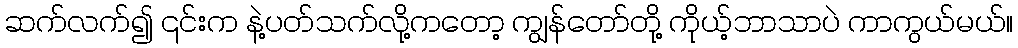
ဆက်လက်၍ ၎င်းက နဲ့ပတ်သက်လို့ကတော့ ကျွန်တော်တို့ ကိုယ့်ဘာသာပဲ ကာကွယ်မယ်။